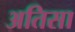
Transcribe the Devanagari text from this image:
अतिसा